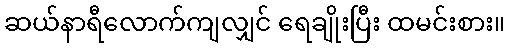
ဆယ်နာရီလောက်ကျလျှင် ရေချိုးပြီး ထမင်းစား။